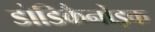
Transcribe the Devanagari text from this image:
डोडिकैनोइक